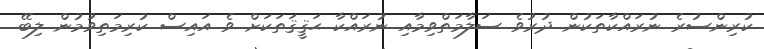
ކުރިންސުރެ ނުރައްކާތަކުން ދުރުވެ ސަލާމަތްވިމާއި ނުރައްކާ ޙަޤީޤަތަކަށް ވެ އައިސް ކުރިމަތިވުމުން ލިބޭ